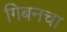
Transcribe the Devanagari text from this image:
गिबनचा